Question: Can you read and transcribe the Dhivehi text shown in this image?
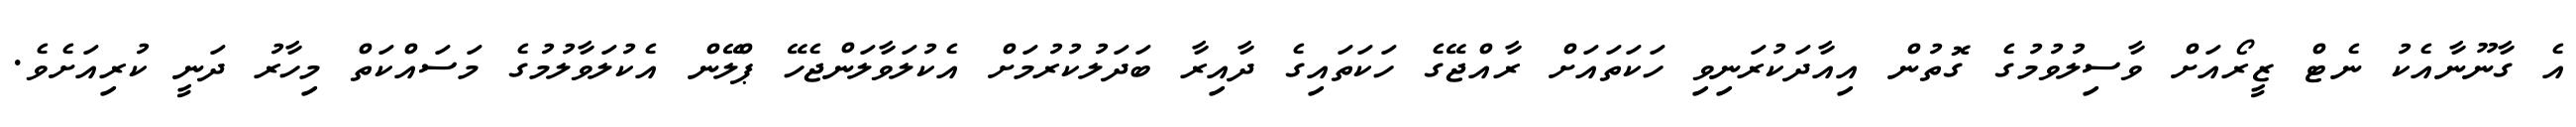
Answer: އެ ގާނޫނާއެކު ނެޓް ޒީރޯއަށް ވާސިލުވުމުގެ ގޮތުން އިއާދަކުރަނިވި ހަކަތައަށް ރާއްޖޭގެ ހަކަތައިގެ ދާއިރާ ބަދަލުކުރުމަށް އެކުލަވާލަންޖެހޭ ޕްލޭން އެކުލަވާލުމުގެ މަސައްކަތް މިހާރު ދަނީ ކުރިއަށެވެ.